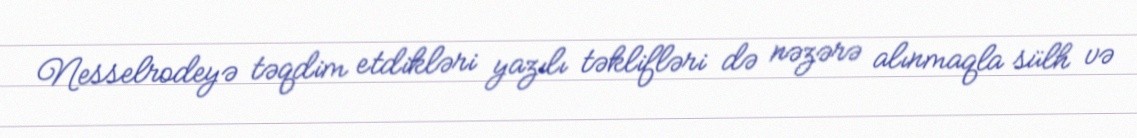
Nesselrodeyə təqdim etdikləri yazılı təklifləri də nəzərə alınmaqla sülh və